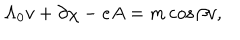
LaTeX: \Lambda _ { 0 } v + \partial \chi - e A = m \cos { \beta } v ,